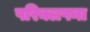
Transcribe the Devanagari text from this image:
परिक्लपना